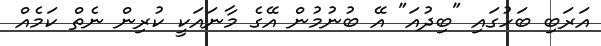
އަރަބި ބަހުގައި "ބިދުއަ" އޭ ބުނުމުން އޭގެ މާނައަކީ ކުރިން ނެތް ކަމެއް